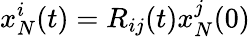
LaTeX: x_{N}^{i}(t)=R_{ij}(t)x_{N}^{j}(0)